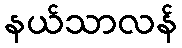
နယ်သာလန်